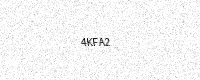
Text: 4KFA2